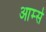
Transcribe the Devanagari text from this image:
आर्म्‍स